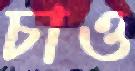
চাও